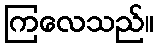
ကြလေသည်။